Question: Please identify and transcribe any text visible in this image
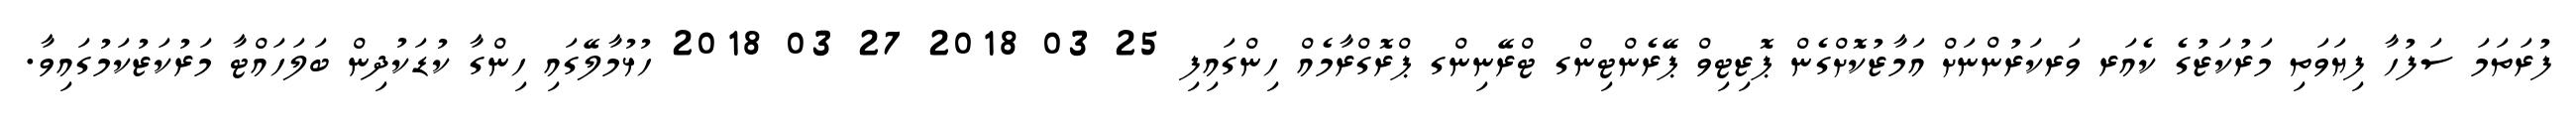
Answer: ފުރަތަމަ ސަފުހާ ފިޔަވަތި މަރުކަޒުގެ ކެއަރ ވަރކަރުންނަށް އަމާޒުކޮށްގެން ޕޮޒިޓިވް ޕޭރެންޓިންގ ޓްރޭނިންގ ޕްރޮގްރާމެއް ހިންގައިފި 25 03 2018 27 03 2018 ހުޅުމާލޭގައި ހިންގާ ކުޑަކުދިން ބަލަހައްޓާ މަރުކަޒުކަމުގައިވާ.